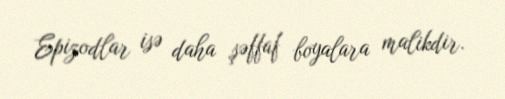
Epizodlar isə daha şəffaf boyalara malikdir.